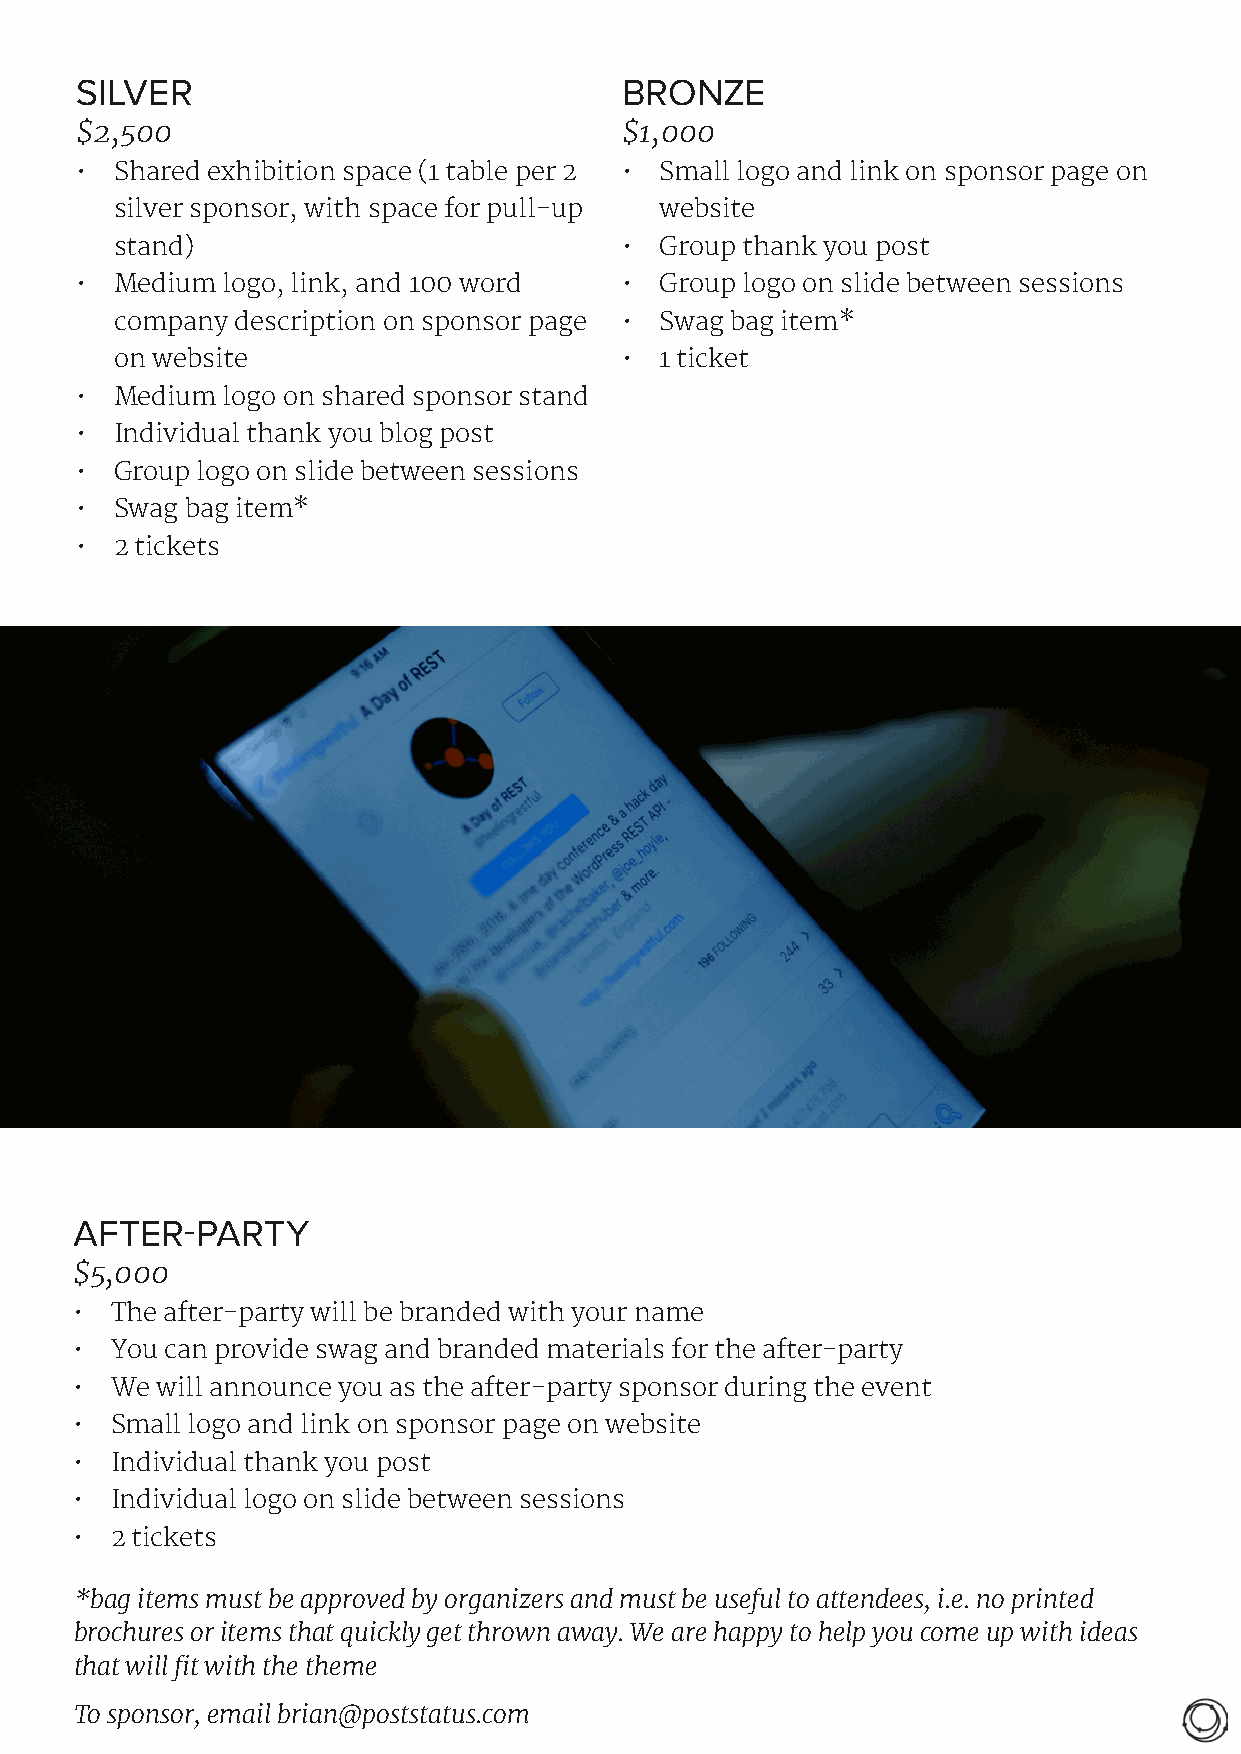
SILVER                              BRONZE
 $2,500                              $1,000
 •  Shared exhibition space (1 table per 2 • Small logo and link on sponsor page on
 silver sponsor, with space for pull-up website
 stand)                           •  Group thank you post
 •  Medium logo, link, and 100 word  •  Group logo on slide between sessions
 company description on sponsor page • Swag bag item*
 on website                       •  1 ticket
 •  Medium logo on shared sponsor stand
 •  Individual thank you blog post
 •  Group logo on slide between sessions
 •  Swag bag item*
 •  2 tickets
 AFTER-PARTY
 $5,000
 • The after-party will be branded with your name
 • You can provide swag and branded materials for the after-party
 • We will announce you as the after-party sponsor during the event
 • Small logo and link on sponsor page on website
 • Individual thank you post
 • Individual logo on slide between sessions
 • 2 tickets
 *bag items must be approved by organizers and must be useful to attendees, i.e. no printed
 brochures or items that quickly get thrown away. We are happy to help you come up with ideas
 that will fit with the theme
 To sponsor, email brian@poststatus.com